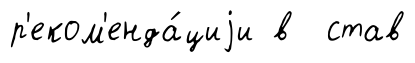
р'еком'енда́циjи в став